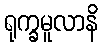
ရုက္ခမူလာနိ